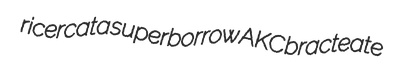
ricercata superborrow AKC bracteate